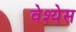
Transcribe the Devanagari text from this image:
वेश्येस